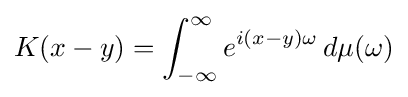
K(x-y)=\int _{-\infty }^{\infty }e^{i(x-y)\omega }\,d\mu (\omega )